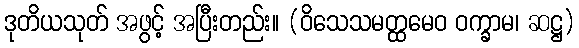
ဒုတိယသုတ် အဖွင့် အပြီးတည်း။ (ဝိသေသမတ္ထမေဝ ဝက္ခာမ၊ ဆဋ္ဌ)